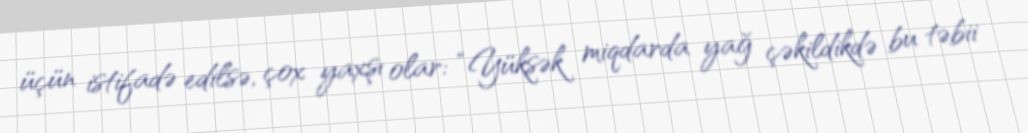
üçün istifadə edilsə, çox yaxşı olar: “Yüksək miqdarda yağ çəkildikdə bu təbii